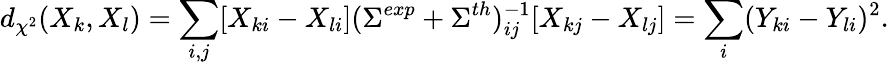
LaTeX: d_{\chi^{2}}(X_{k},X_{l})=\sum_{i,j}[X_{ki}-X_{li}](\Sigma^{exp}+\Sigma^{th})_{ij}^{-1}[X_{kj}-X_{lj}]=\sum_{i}(Y_{ki}-Y_{li})^{2}.